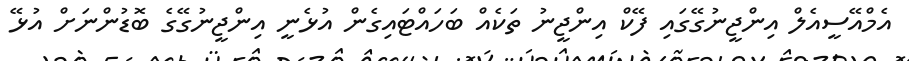
އެމްއޭސީއެލް އިންޖީނުގޭގައި ފޭކް އިންޖީނު ތަކެއް ބަހައްޓައިގެން އުޅެނީ އިންޖީނުގޭގެ ބޮޑުންނަށް އުޅޭ